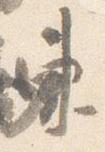
東